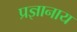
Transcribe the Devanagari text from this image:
प्रज्ञानाय